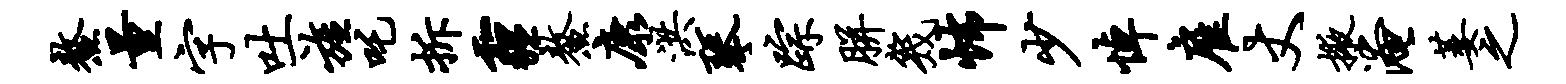
鳌量字吐旌吒拆霾鳌康洪琴踪胼几怖少悼雇丈掖淹萎之